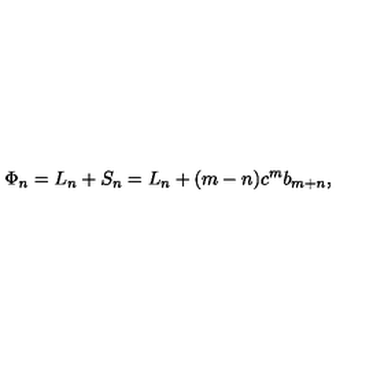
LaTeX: \Phi _ { n } = L _ { n } + S _ { n } = L _ { n } + ( m - n ) c ^ { m } b _ { m + n } ,